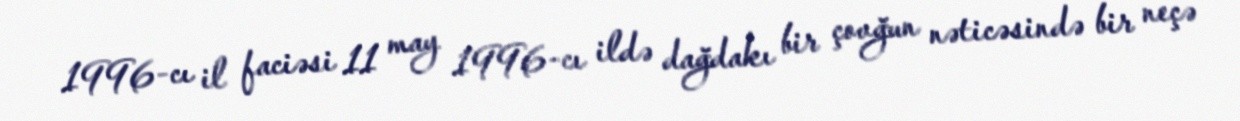
1996-cı il faciəsi 11 may 1996-cı ildə dağdakı bir çovğun nəticəsində bir neçə